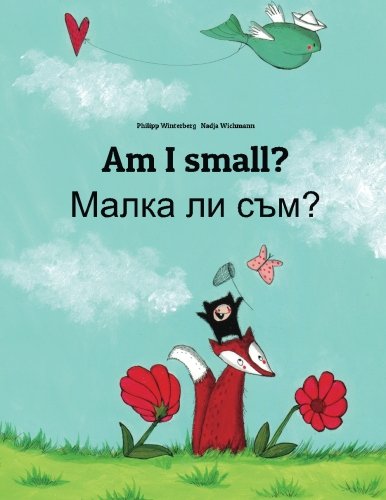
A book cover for Am I small? Malka li sum?: Children's Picture Book English-Bulgarian (Bilingual Edition); Philipp Winterberg; Children's Books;